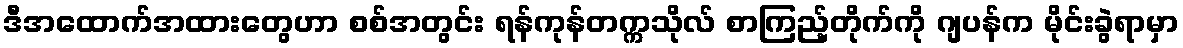
ဒီအထောက်အထားတွေဟာ စစ်အတွင်း ရန်ကုန်တက္ကသိုလ် စာကြည့်တိုက်ကို ဂျပန်က မိုင်းခွဲရာမှာ